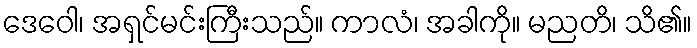
ဒေဝေါ၊ အရှင်မင်းကြီးသည်။ ကာလံ၊ အခါကို။ မညတိ၊ သိ၏။